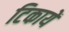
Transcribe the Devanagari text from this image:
टिकायें